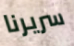
سريرنا